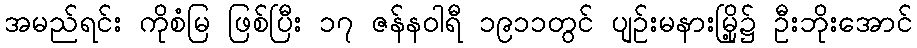
အမည်ရင်း ကိုစံမြ ဖြစ်ပြီး ၁၇ ဇန်နဝါရီ ၁၉၁၁တွင် ပျဉ်းမနားမြို့၌ ဦးဘိုးအောင်